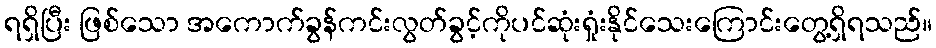
ရရှိပြီး ဖြစ်သော အကောက်ခွန်ကင်းလွတ်ခွင့်ကိုပင်ဆုံးရှုံးနိုင်သေးကြောင်းတွေ့ရှိရသည်။